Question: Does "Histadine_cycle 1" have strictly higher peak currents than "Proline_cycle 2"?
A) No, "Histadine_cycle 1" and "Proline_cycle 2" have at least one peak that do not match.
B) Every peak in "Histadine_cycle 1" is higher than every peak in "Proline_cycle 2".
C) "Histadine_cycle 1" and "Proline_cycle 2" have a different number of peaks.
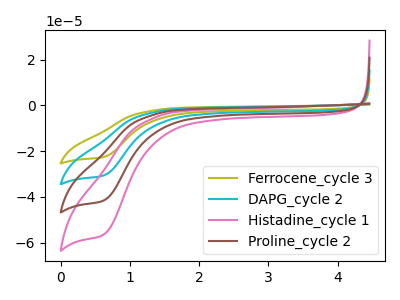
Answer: <think>The olive curve "Ferrocene_cycle 3" has a cathodic peak at: (0.60V, -124.60uA). The cyan curve "DAPG_cycle 2" has a cathodic peak at: (0.60V, -83.05uA). The pink curve "Histadine_cycle 1" has a cathodic peak at: (0.60V, -56.40uA). The brown curve "Proline_cycle 2" has a cathodic peak at: (0.60V, -41.55uA).</think>
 <answer>B) Every peak in "Histadine_cycle 1" is higher than every peak in "Proline_cycle 2".</answer>
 <eval>B</eval>